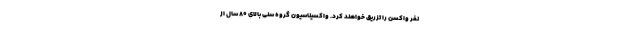
نفر واکسن را تزریق خواهند کرد. واکسیناسیون گروه سنی بالای ۸۰ سال از